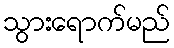
သွားရောက်မည်